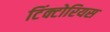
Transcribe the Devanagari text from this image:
टिंक्टोरियस